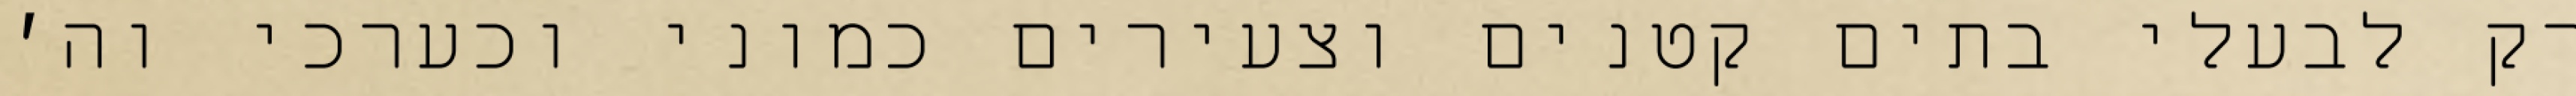
רק לבעלי בתים קטנים וצעירים כמוני וכערכי וה׳